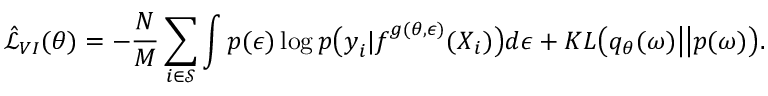
\hat { \mathcal { L } } _ { V I } ( \theta ) = - \frac { N } { M } \sum _ { i \in \mathcal { S } } \int p ( \boldsymbol { \epsilon } ) \log p \big ( \boldsymbol { y } _ { i } | \boldsymbol { f } ^ { g ( \theta , \boldsymbol { \epsilon } ) } ( \boldsymbol { X } _ { i } ) \big ) d \boldsymbol { \epsilon } + K L \big ( q _ { \theta } ( \boldsymbol { \omega } ) \big | \big | p ( \boldsymbol { \omega } ) \big ) .